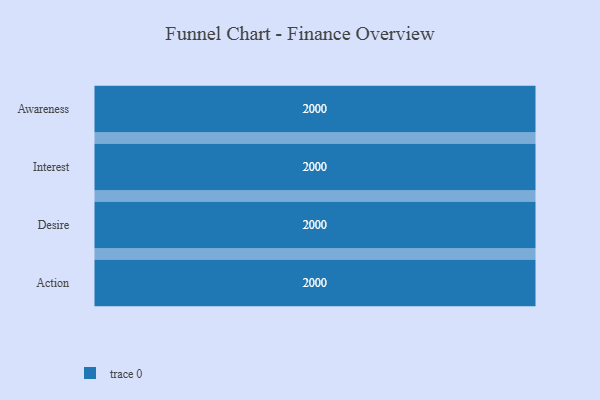
{"axis": {"x": "Stage", "y": "Value"}, "legend": [""], "data": [{"x": "Awareness", "y": 2000, "type": ""}, {"x": "Interest", "y": 2000, "type": ""}, {"x": "Desire", "y": 2000, "type": ""}, {"x": "Action", "y": 2000, "type": ""}]}